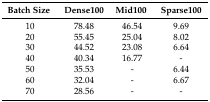
<table><thead><tr><td><b>Batch Size</b></td><td><b>Dense100</b></td><td><b>Mid100</b></td><td><b>Sparse100</b></td></tr></thead><tbody><tr><td>10</td><td>78.48</td><td>46.54</td><td>9.69</td></tr><tr><td>20</td><td>55.45</td><td>25.04</td><td>8.02</td></tr><tr><td>30</td><td>44.52</td><td>23.08</td><td>6.64</td></tr><tr><td>40</td><td>40.34</td><td>16.77</td><td>-</td></tr><tr><td>50</td><td>35.53</td><td>-</td><td>6.44</td></tr><tr><td>60</td><td>32.04</td><td>-</td><td>6.67</td></tr><tr><td>70</td><td>28.56</td><td>-</td><td>-</td></tr></tbody></table>